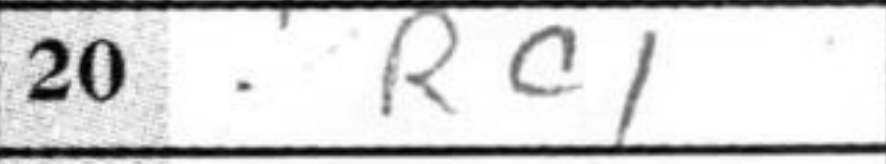
Transcription: Rc1